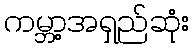
ကမ္ဘာ့အရှည်ဆုံး